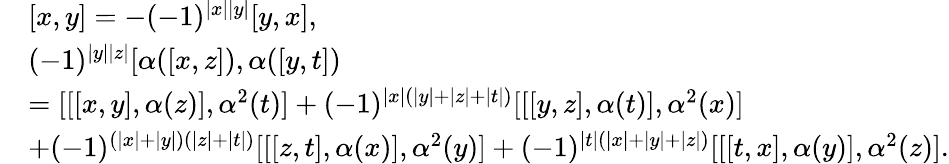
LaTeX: \begin{array}{rl}&{[x,y]=-(-1)^{|x||y|}[y,x],}\\ &{\begin{array}{l}{(-1)^{|y||z|}[\alpha([x,z]),\alpha([y,t])}\\ {=[[[x,y],\alpha(z)],\alpha^{2}(t)]+(-1)^{|x|(|y|+|z|+|t|)}[[[y,z],\alpha(t)],\alpha^{2}(x)]}\\ {+(-1)^{(|x|+|y|)(|z|+|t|)}[[[z,t],\alpha(x)],\alpha^{2}(y)]+(-1)^{|t|(|x|+|y|+|z|)}[[[t,x],\alpha(y)],\alpha^{2}(z)].}\end{array}}\end{array}